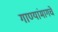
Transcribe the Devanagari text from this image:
गाण्यांमागचे